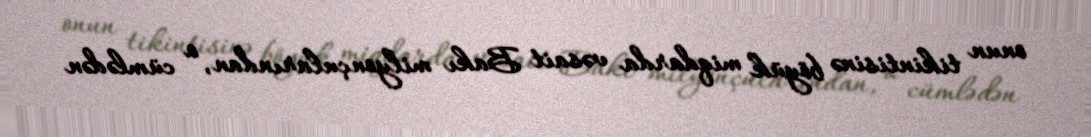
onun tikintisinə böyük miqdarda vəsait Bakı milyonçularından, o cümlədən